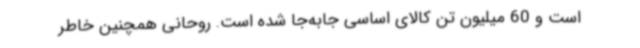
است و 60 میلیون تن کالای اساسی جابه‌جا شده است. روحانی همچنین خاطر